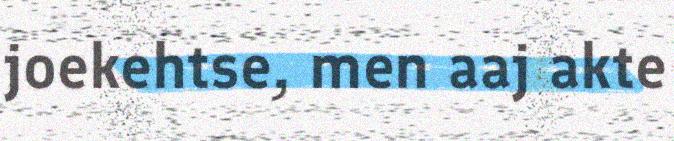
joekehtse, men aaj akte